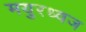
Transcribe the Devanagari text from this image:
मयुरध्वज